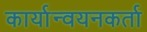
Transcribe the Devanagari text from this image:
कार्यान्वयनकर्ता